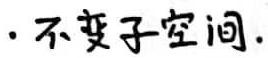
$\cdot$不变子空间.